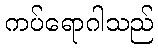
ကပ်ရောဂါသည်